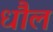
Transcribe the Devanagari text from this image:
धौल